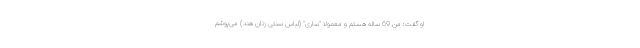
او گفت: من 69 ساله هستم و معمولا "ساری" (لباس سنتی زنان هند) می‌پوشم